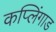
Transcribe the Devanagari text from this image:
कप्लिंगाड